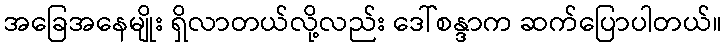
အခြေအနေမျိုး ရှိလာတယ်လို့လည်း ဒေါ်စန္ဒာက ဆက်ပြောပါတယ်။